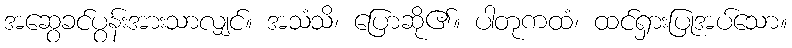
အဆွေခင်ပွန်းအားသာလျှင်။ အသံသိ၊ ပြောဆို၏။ ပါတုကထံ၊ ထင်ရှားပြုအပ်သော။